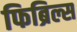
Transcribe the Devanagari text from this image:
फिब्रिल्स